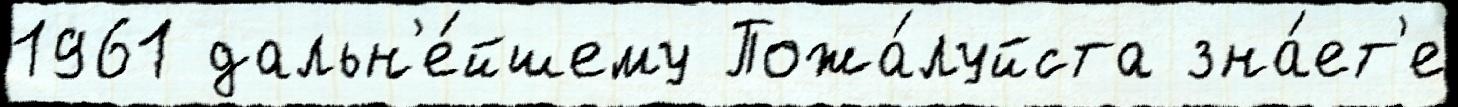
1961 дальн'е́йшему Пожа́луйста зна́ет'е